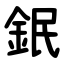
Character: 鈱